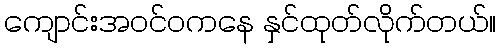
ကျောင်းအဝင်ဝကနေ နှင်ထုတ်လိုက်တယ်။